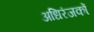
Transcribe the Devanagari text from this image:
अधिरंजकों